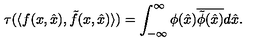
\tau ( \langle f ( x , \hat { x } ) , \tilde { f } ( x , \hat { x } ) \rangle ) = \int _ { - \infty } ^ { \infty } \phi ( \hat { x } ) \overline { { \tilde { \phi } ( \hat { x } ) } } d \hat { x } .